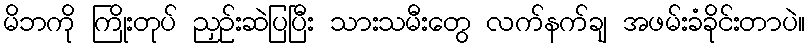
မိဘကို ကြိုးတုပ် ညှဉ်းဆဲပြပြီး သားသမီးတွေ လက်နက်ချ အဖမ်းခံခိုင်းတာပဲ။